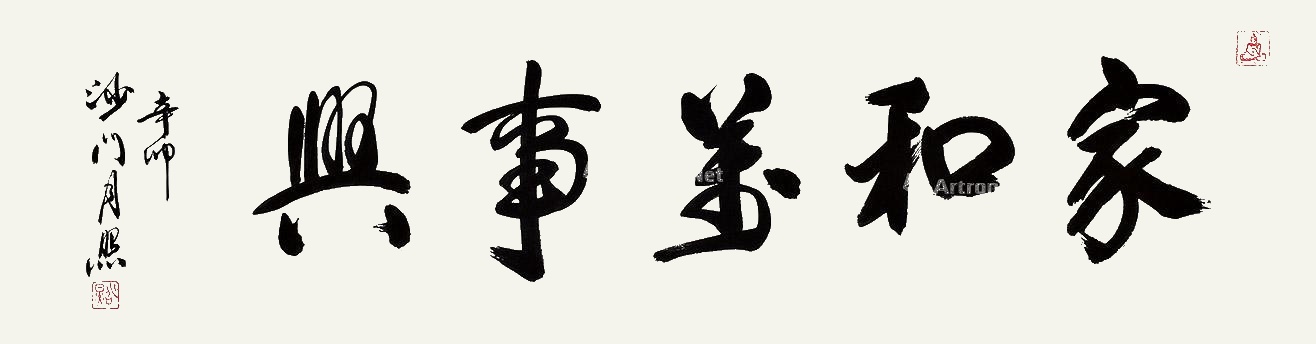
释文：家和万事兴辛卯沙门月照。